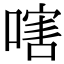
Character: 嗐